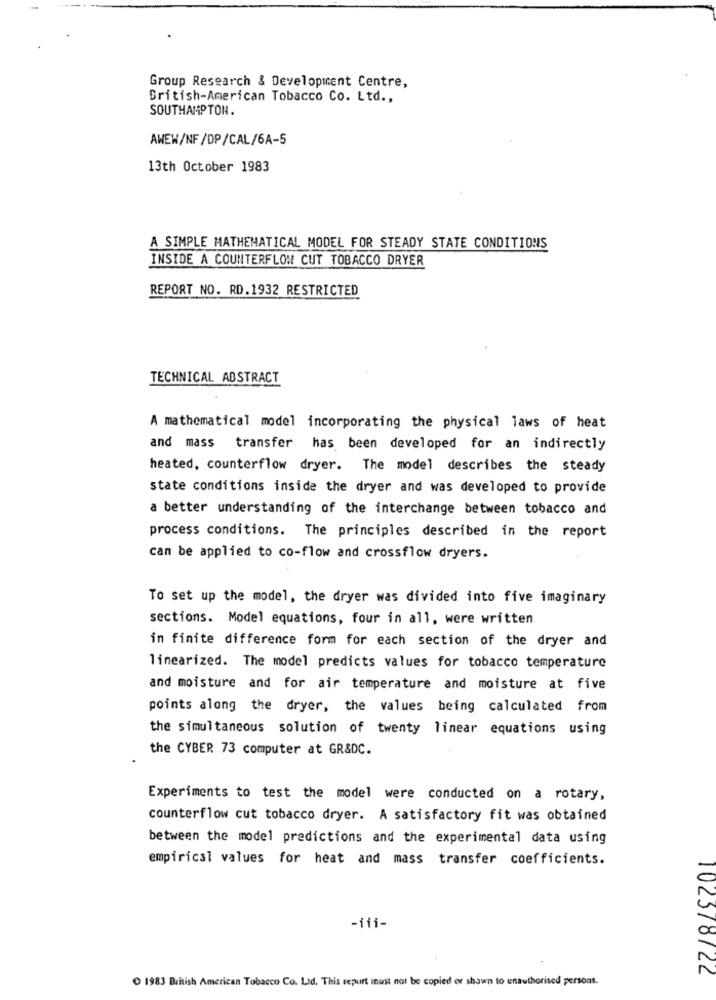
Group Research & Development Centre,
British-American Tobacco Co. Ltd .,
SOUTHAMPTON.
AWEW/NF/DP/CAL/6A-5
13th October 1983
A SIMPLE MATHEMATICAL MODEL FOR STEADY STATE CONDITIONS
INSIDE A COUNTERFLOW CUT TOBACCO DRYER
REPORT NO. RD.1932 RESTRICTED
TECHNICAL ABSTRACT
A mathematical model incorporating the physical laws of heat
and mass transfer has been developed for an indirectly
heated, counterflow dryer. The model describes the steady
state conditions inside the dryer and was developed to provide
a better understanding of the interchange between tobacco and
process conditions. The principles described in the report
can be applied to co-flow and crossflow dryers.
To set up the model, the dryer was divided into five imaginary
sections. Model equations, four in all, were written
in finite difference form for each section of the dryer and
linearized. The model predicts values for tobacco temperature
and moisture and for air temperature and moisture at five
points along the dryer, the values being calculated from
the simultaneous solution of twenty linear equations using
the CYBER 73 computer at GR&DC.
Experiments to test the model were conducted on a rotary,
counterflow cut tobacco dryer. A satisfactory fit was obtained
between the model predictions and the experimental data using
empirical values for heat and mass transfer coefficients.
-iii-
1983 British American Tobacco Co. Ltd. This repurt inust not be copied or shawn to enauthorised persons.
102578722